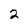
Character: 2